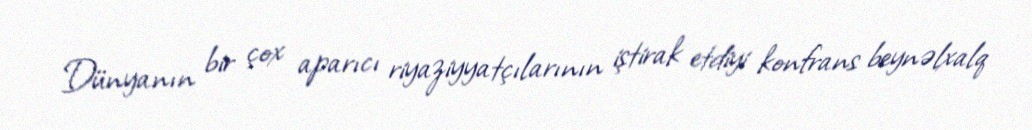
Dünyanın bir çox aparıcı riyaziyyatçılarının iştirak etdiyi konfrans beynəlxalq